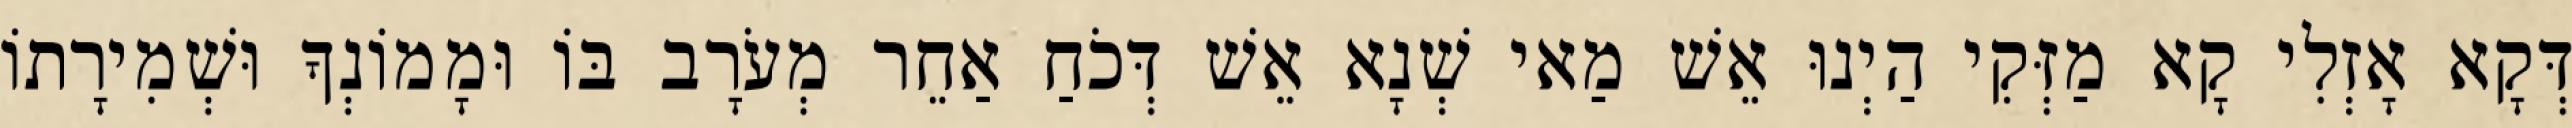
דְּקָא אָזְלִי קָא מַזְּקִי הַיְנוּ אֵשׁ מַאי שְׁנָא אֵשׁ דְּכֹחַ אַחֵר מְעֹרָב בּוֹ וּמָמוֹנְךָ וּשְׁמִירָתוֹ